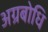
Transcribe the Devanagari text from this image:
अग्रबोधि